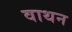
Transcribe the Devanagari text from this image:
वाथन